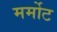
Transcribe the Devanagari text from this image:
मर्मोट